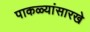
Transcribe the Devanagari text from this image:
पाकळ्यांसारखे